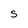
Character: s